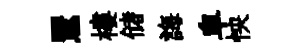
鸎樓储誨皁怏